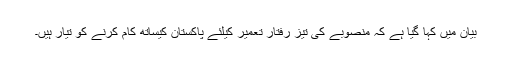
بیان میں کہا گیا ہے کہ منصوبے کی تیز رفتار تعمیر کیلئے پاکستان کیساتھ کام کرنے کو تیار ہیں۔